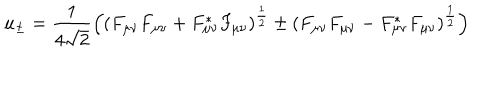
u _ { \pm } = \frac { 1 } { 4 \sqrt { 2 } } \Big ( ( F _ { \mu \nu } F _ { \mu \nu } + F _ { \mu \nu } ^ { * } F _ { \mu \nu } ) ^ { \frac { 1 } { 2 } } \pm ( F _ { \mu \nu } F _ { \mu \nu } - F _ { \mu \nu } ^ { * } F _ { \mu \nu } ) ^ { \frac { 1 } { 2 } } \Big )